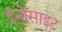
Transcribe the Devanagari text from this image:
ईनोसाइट